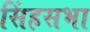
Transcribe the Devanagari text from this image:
सिंहसभा